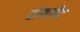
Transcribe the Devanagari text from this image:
रोयापेट